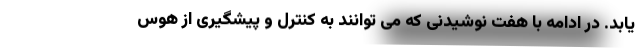
یابد. در ادامه با هفت نوشیدنی که می توانند به کنترل و پیشگیری از هوس